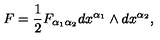
F = \frac { 1 } { 2 } F _ { \alpha _ { 1 } \alpha _ { 2 } } d x ^ { \alpha _ { 1 } } \wedge d x ^ { \alpha _ { 2 } } ,